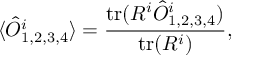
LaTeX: \langle \hat { \cal { O } } _ { 1 , 2 , 3 , 4 } ^ { i } \rangle = \frac { { \mathrm { t r } } ( R ^ { i } \hat { \cal { O } } _ { 1 , 2 , 3 , 4 } ^ { i } ) } { { \mathrm { t r } } ( R ^ { i } ) } ,